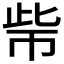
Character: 𱜧